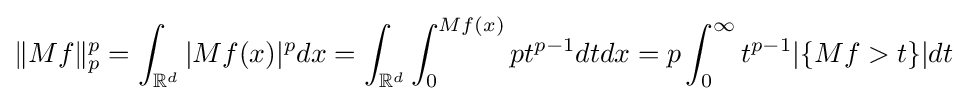
\|Mf\|_{p}^{p}=\int _{\mathbb {R} ^{d}}\vert Mf(x)\vert ^{p}dx=\int _{\mathbb {R} ^{d}}\int _{0}^{Mf(x)}pt^{p-1}dtdx=p\int _{0}^{\infty }t^{p-1}|\{Mf>t\}|dt